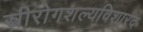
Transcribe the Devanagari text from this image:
स्त्रीरोगशल्यविशारद